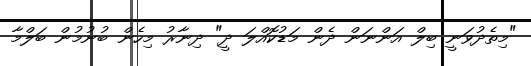
"މިތެދުވަނީ ބިލް އަންނަން ދެން މަޑުކޮއްލަ ދީ" ދިނާރު މިހެން ބުނުމުން ބަލްމާ